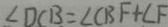
\angle D C B = \angle C B F + \angle F